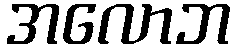
အလောဘ